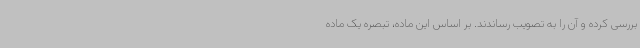
بررسی کرده و آن را به تصویب رساندند. بر اساس این ماده، تبصره یک ماده